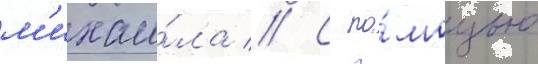
м'ихаи́ла // С по́мощью